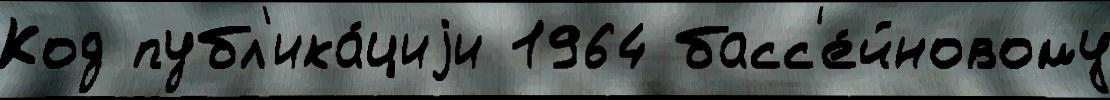
Код публ'ика́циjи 1964 басс'е́йновому